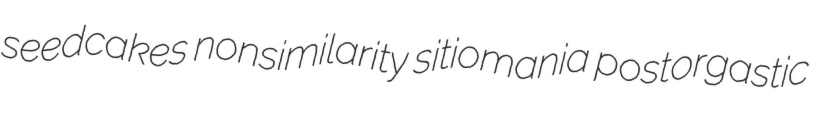
seedcakes nonsimilarity sitiomania postorgastic